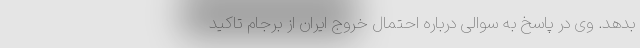
بدهد. وی در پاسخ به سوالی درباره احتمال خروج ایران از برجام تاکید